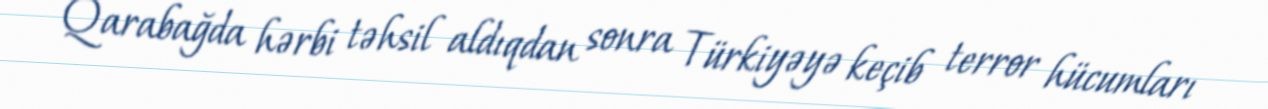
Qarabağda hərbi təhsil aldıqdan sonra Türkiyəyə keçib terror hücumları